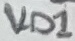
Text: VD1